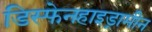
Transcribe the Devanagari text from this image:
डिस्फेनहाइड्रामीन